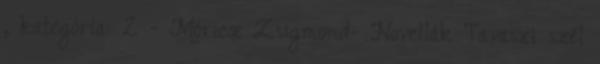
, kategória: 2 - Móricz Zsigmond- Novellák Tavaszi szél